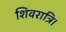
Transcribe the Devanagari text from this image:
शिवरात्रि।